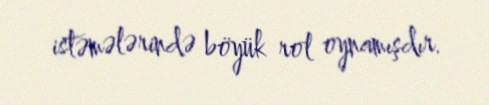
istəmələrində böyük rol oynamışdır.